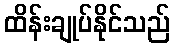
ထိန်းချုပ်နိုင်သည်